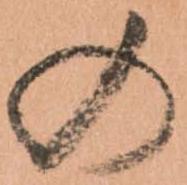
の